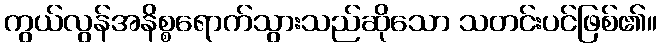
ကွယ်လွန်အနိစ္စရောက်သွားသည်ဆိုသော သတင်းပင်ဖြစ်၏။